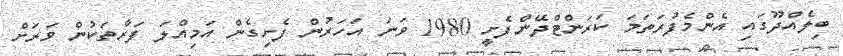
ބިލެއްދޫގައި އެންމެފުރަތަމަ ކަރަންޓްދޭންފެށީ 1980 ވަނަ އަހަރުން ފެށިގެން އަމިއްލަ ފަރާތަކުން ވަރަށް